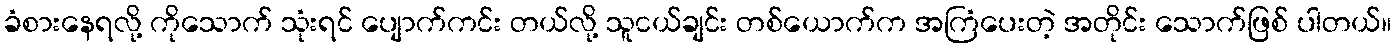
ခံစားနေရလို့ ကိုသောက် သုံးရင် ပျောက်ကင်း တယ်လို့ သူငယ်ချင်း တစ်ယောက်က အကြံပေးတဲ့ အတိုင်း သောက်ဖြစ် ပါတယ်။